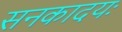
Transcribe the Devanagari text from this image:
सनकादयः